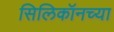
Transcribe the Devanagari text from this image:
सिलिकॉनच्या